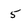
Character: 5